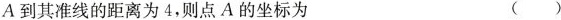
A到其准线的距离为4，则点A的坐标为 ( )